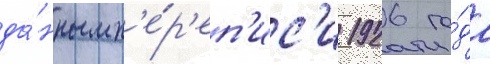
да́нным п'е́р'еп'ис'и 1926 го́да